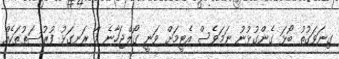
ގިނަވަގުތު ބޯޅަ ގެންގުޅުނު ނަމަވެސް އެޓީމަށް ވަނީ ގޯލްޖަހާނެ މާ ރަނގަޅު ފުރުސަތުތަކެއް